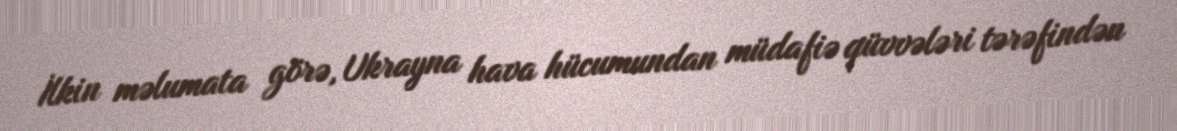
İlkin məlumata görə, Ukrayna hava hücumundan müdafiə qüvvələri tərəfindən